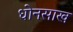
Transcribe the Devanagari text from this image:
धोनसाख